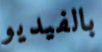
بالفيديو